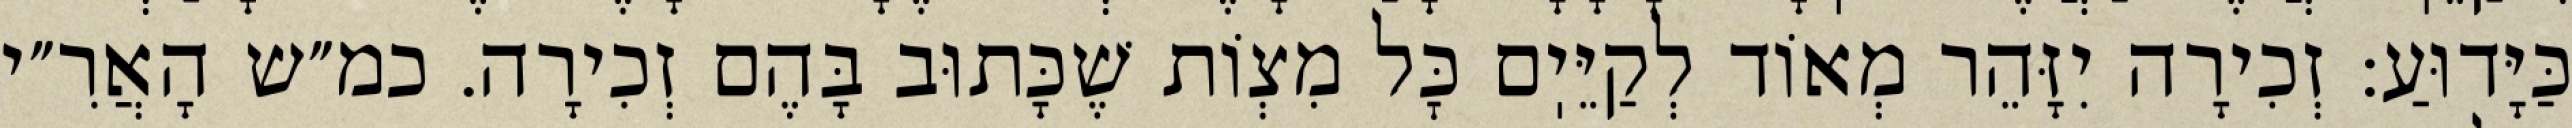
כַּיָּדוּעַ: זְכִירָה יִזָּהֵר מְאוֹד לְקַיֵּיֽם כׇּל מִצְוֹת שֶׁכָּתוּב בָּהֶם זְכִירָה. כמ״ש הָאֲרִ״י